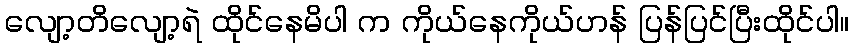
လျော့တိလျော့ရဲ ထိုင်နေမိပါ က ကိုယ်နေကိုယ်ဟန် ပြန်ပြင်ပြီးထိုင်ပါ။